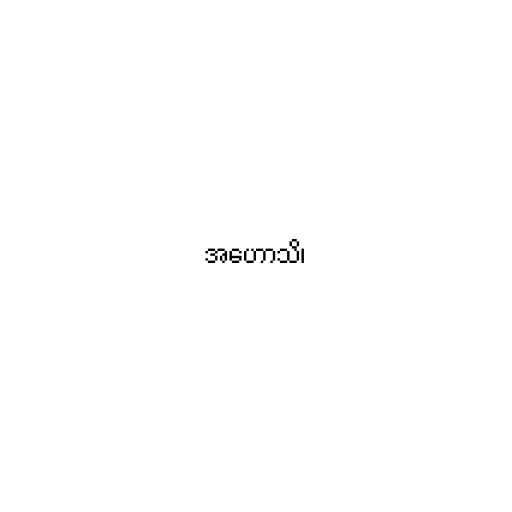
အဟောသိ၊